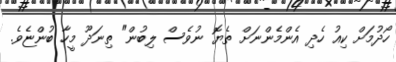
ހޯދުމަށް ކިއު ހެދި އެންމެންނަށް ތެޔޮ ނުވެސް ލިބުން" ތިނަދޫ މީހާ ބުންޏެވެ.